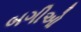
બગીઓ